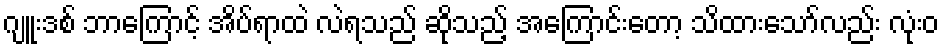
ဂျူးဒစ် ဘာကြောင့် အိပ်ရာထဲ လဲရသည် ဆိုသည့် အကြောင်းတော့ သိထားသော်လည်း လုံးဝ